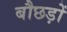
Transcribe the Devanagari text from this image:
बौछड़ों